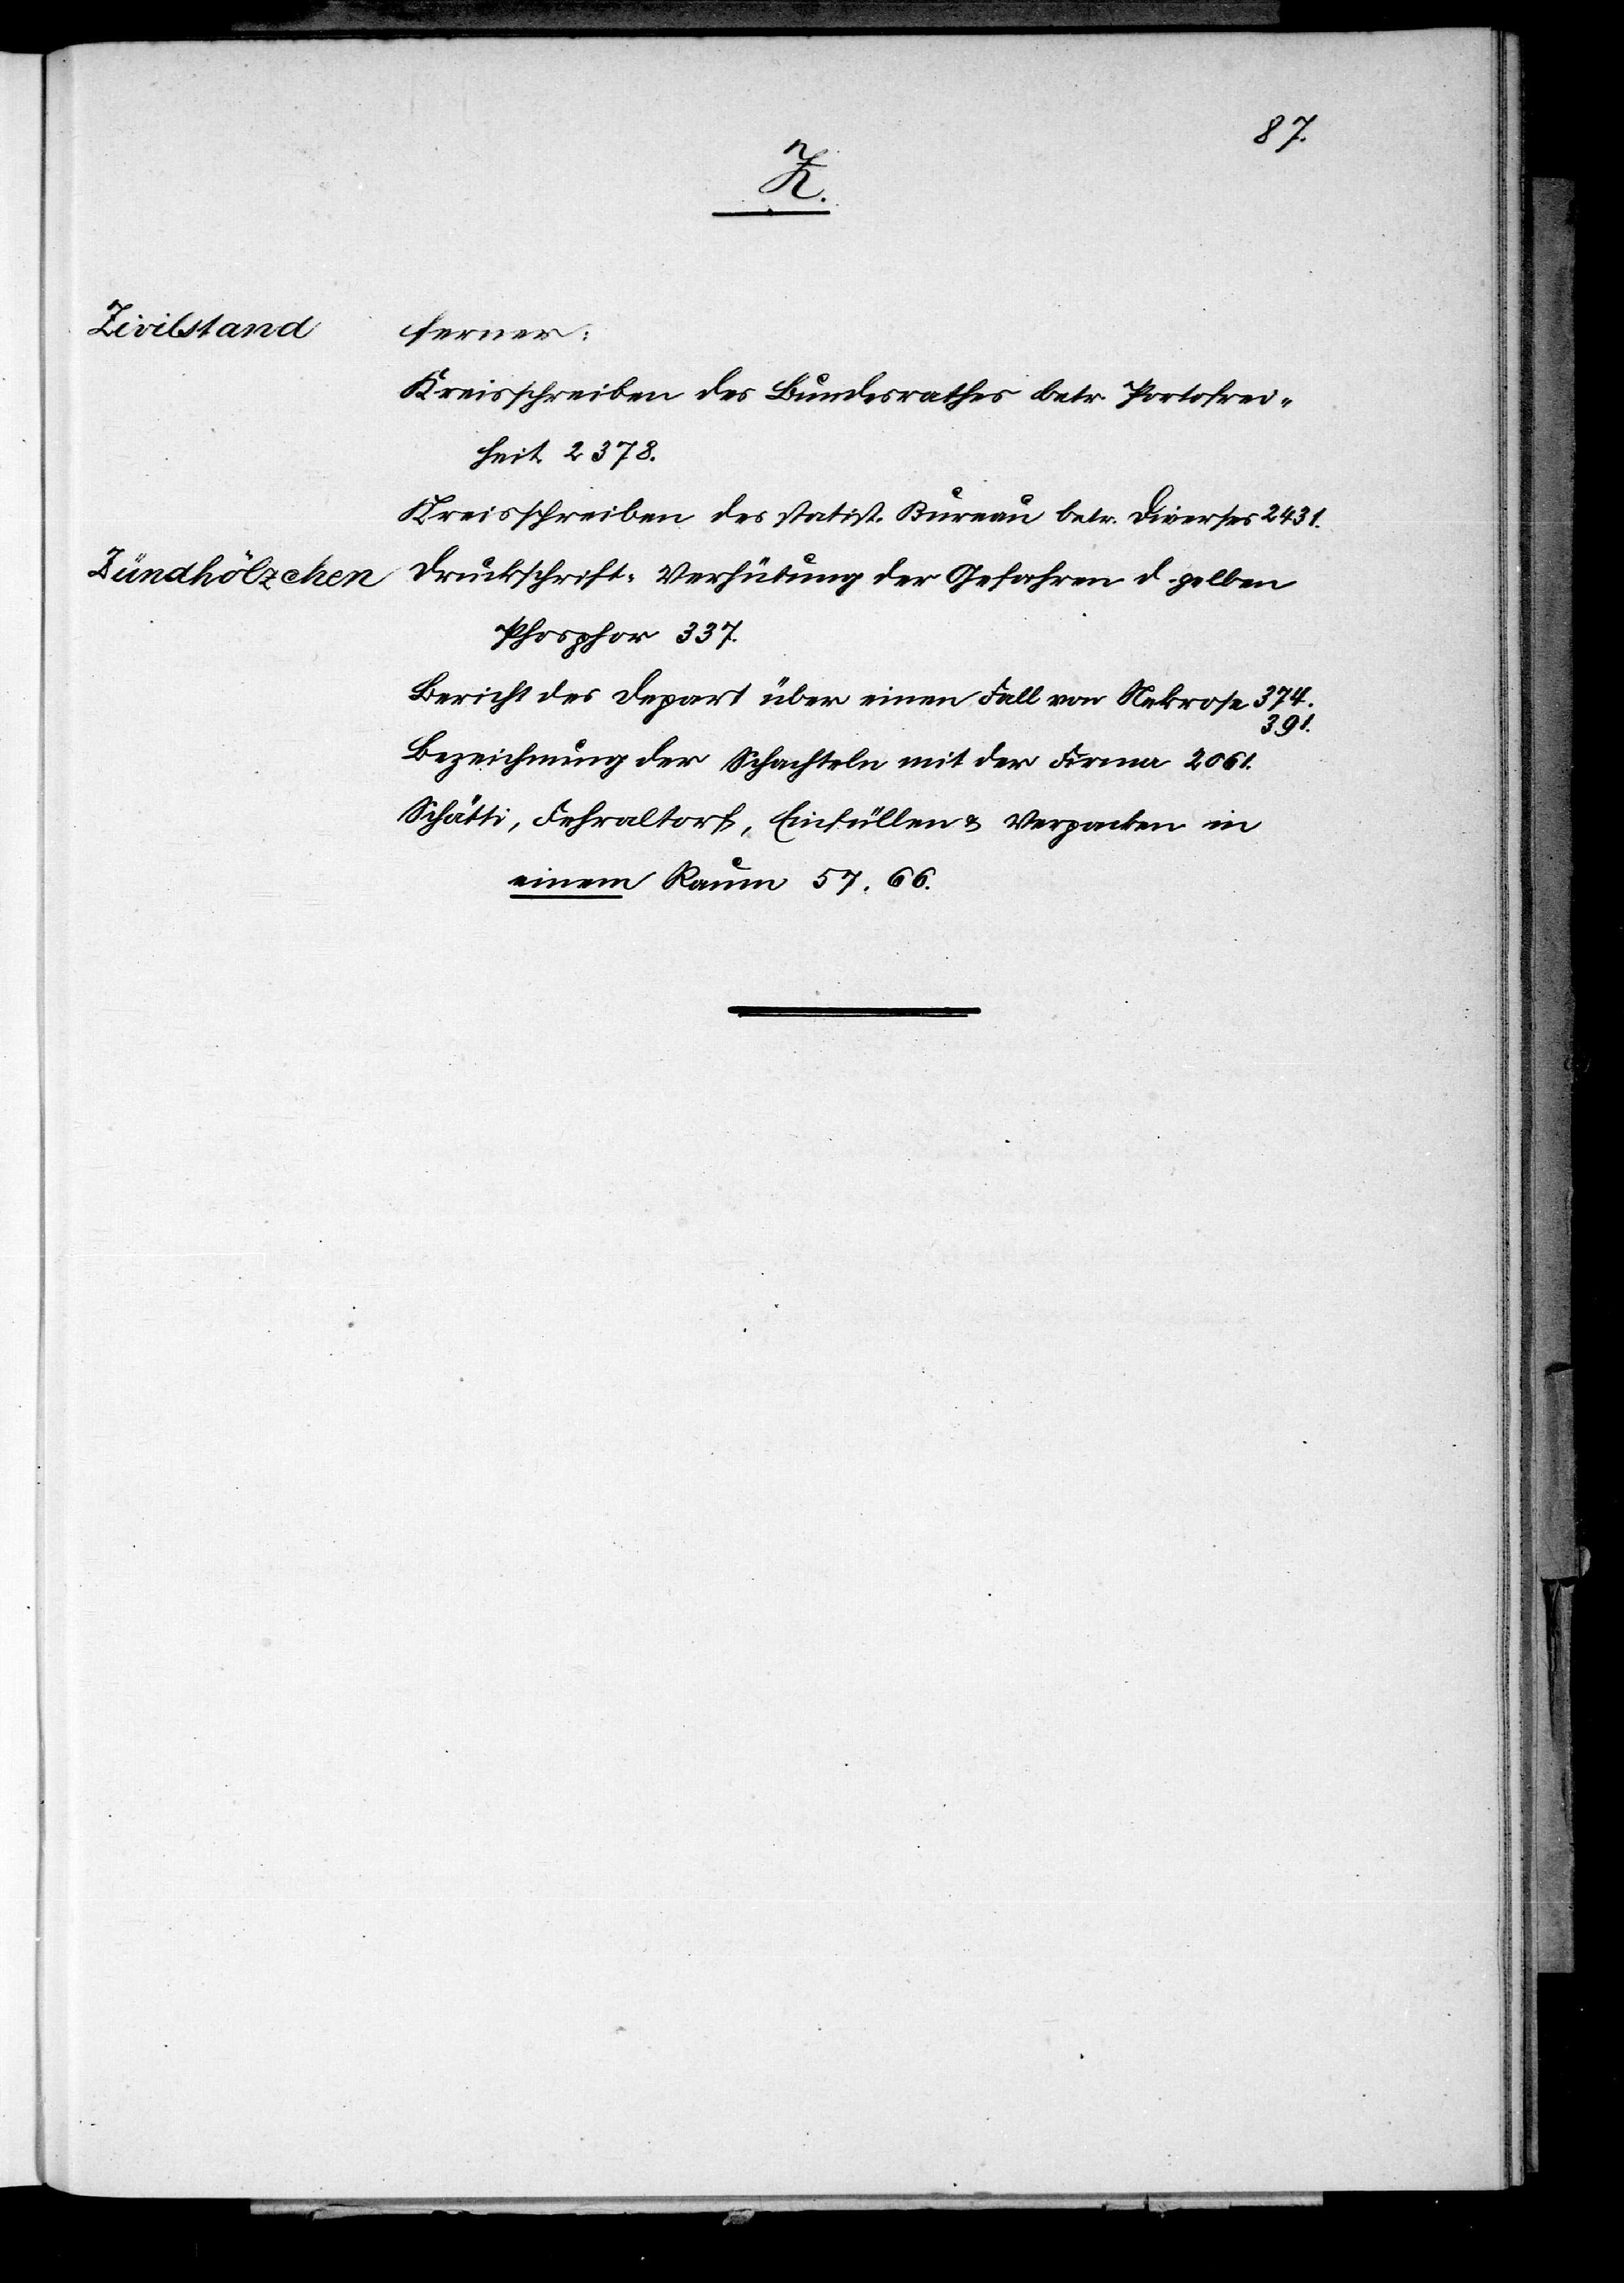
die
2.
Abs.